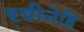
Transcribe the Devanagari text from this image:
दृष्टीनेहि